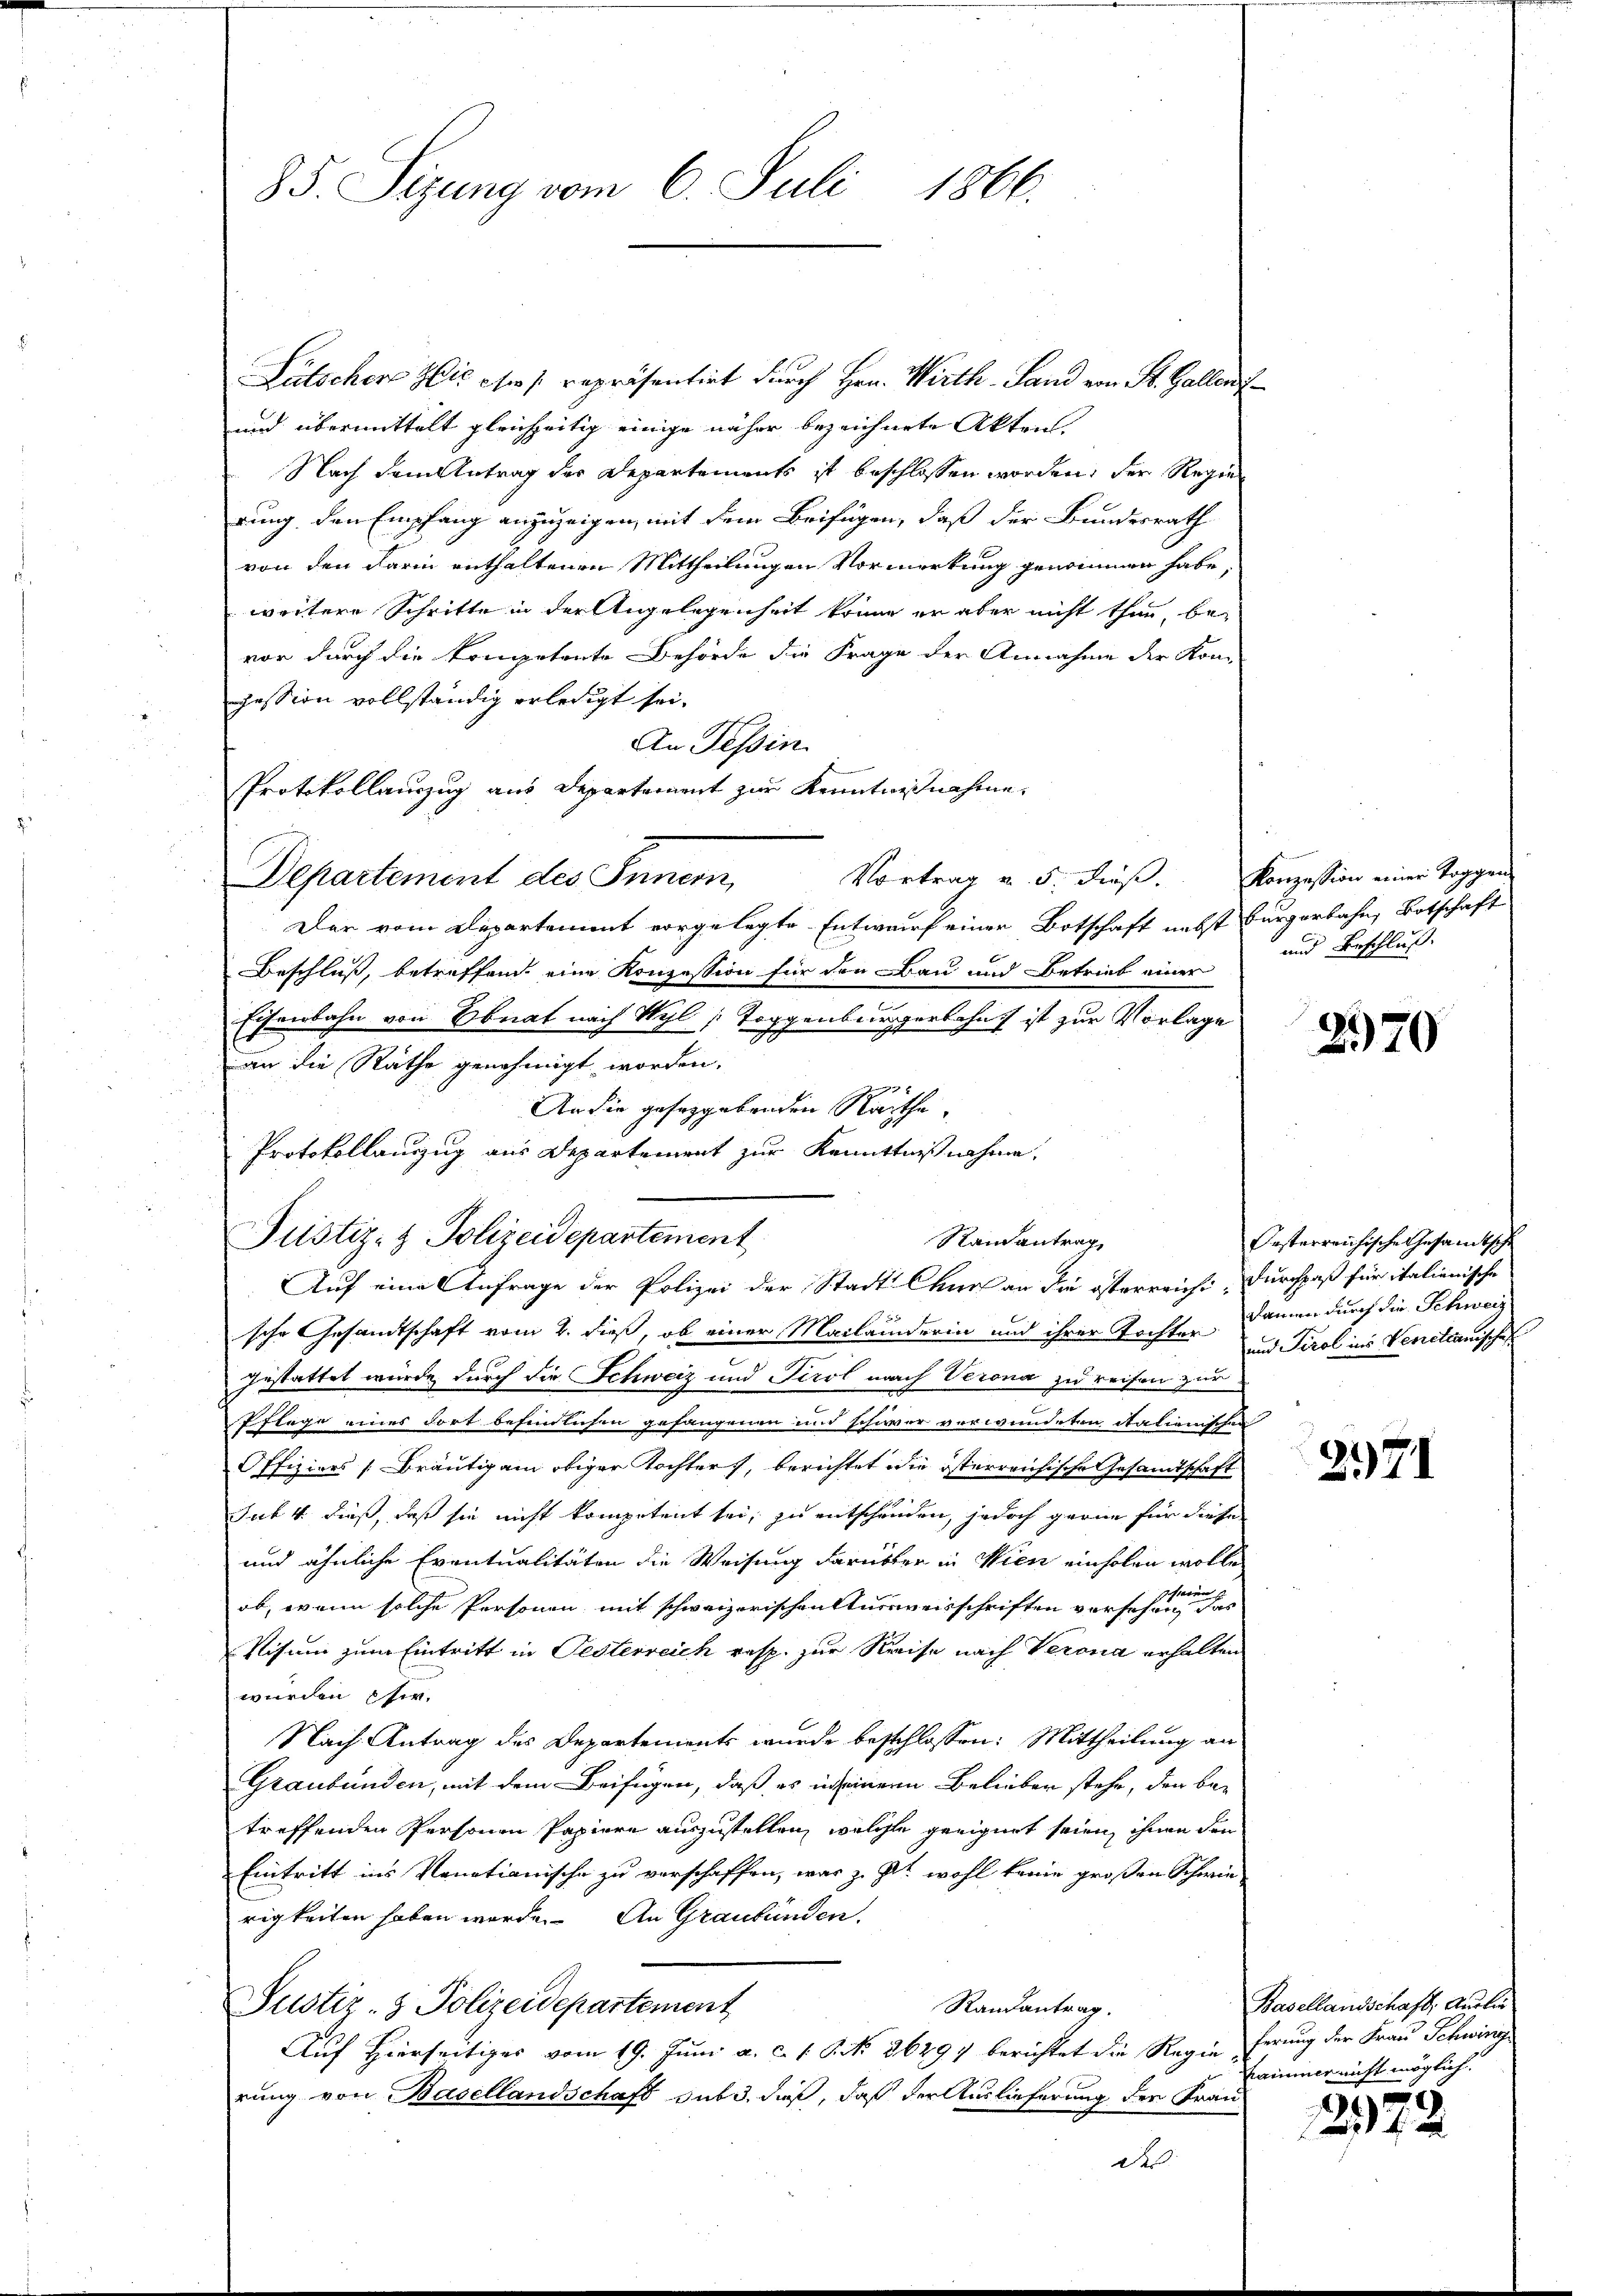
Lütscher Glic eser repräsentirt durch Hrn. Wirth- Sand von St. Gallens
und übermittelt gleichzeitig einige näher bezeichnete Akten
Nach dem Antrag der Departements ist beschlossen worden, der Regier
rung den Empfang anzuzeigen, mit dem Beifügen, daß der Bundesrath
von den darin enthaltenen Mittheilungen Vormerkung genommen habe,
weitere Schritte in der Angelegenheit könne er aber nicht thun, be-
vor durch die kompetente Behörde die Frage der Annahme der Kon-
pession vollständig erledigt sei.
An Tessin.
Protokollauszug aus Departement zur Kenntnißnahme.
Departement des Innern,
Der vom Departement vorgelegte Entwurf einer Botschaft nebst Bürgerbahn, Botschaft
Beschluß, betreffend eine Konzession für den Bau und Betrieb einer
Eisenbahn von Ebnat nach Wyl Toggenburgerschaft ist zur Vorlage
an die Räthe genehmigt worden.
2
An die geseggebenden Rathe,
sche Gesandtschaft vom 2. dieß, ob einer Mailanderin und ihrer Tochter. Damen durch die Schweiz
gestattet wurde durch die Schweiz und Tirol nach Verona zu reisen zur
Pflege eines dort befindlichen gefangenen und schwer verwundeten Rationischen
Offiziers Bräutigam obiger Tochters, berichtet die isterreichische Gesandtschaft
Juk 4. dieß, daß sie nicht kompetent sei, zu entschenden, jedoch gerne für diese
und ähnliche Eventualitäten die Weisung darüber in Wien einholen wolle
ob, wenn solche Personen mit schweizerischen tuerweisschriften versehen, das
Visum zum Eintritt in Pesterreich resp. zur Kreise nach Verona erhalten
wurden Chir
Nach Antrag des Departements wurde beschlossen: Mittheilung an
Graubünden, mit dem Beifügen, daß es in seinem Belieber stehe, den betreffenden Personen Papiere auszustellen, welche geeignet seien, ihnen den
Eintritt ins Venationische zu verschaffen, was z. Zt. wohl keine großen Schwie-
rigkeiten haben werde. An Graubünden.
Justiz- & Polizeidepartement
Randantrag.
Auf Hierseitiges vom 19. Juni a. c. s. S. 26494 berichtet die Regen ferung der Frau Schwirig
rung von Basellandschaft sub 3. dieß, daß der Auslieferung der Frau

85. Sizung vom 6. Juli 1866.

Protokollauszug aus Departement zur Kenntnißnahme,
Justiz- & Polizeidepartement
Raisantrag
Auf eine Anfrage der Polizei der Stadt Chur an die österreicht. Durchpaß für italienische

Vortrag u. 5. diese. Konzession einer Toggen

und Beschluß

2970

Oesterreichische Gesandtsche
und Tirol ins Verrettanisches

2171

Basellandschaft, Auslie
Eaimmer nicht möglich.

2922